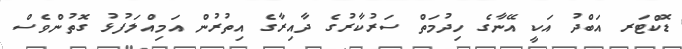
ޑޮކްޓަރ އަބްދު އަކީ އޭނާގެ ހިދުމަތް ސަރުކާރުގެ ދާއިރާގެ އިތުރުން އަމިއްލަފުޅު ގޮތުންވެސް